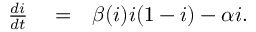
\begin{array} { r l r } { \frac { d i } { d t } } & { { } = } & { \beta ( i ) i ( 1 - i ) - \alpha i . } \end{array}